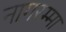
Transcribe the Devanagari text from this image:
नागरम्मा